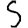
Digit: 5